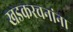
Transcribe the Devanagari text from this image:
खडकरचनांना